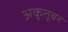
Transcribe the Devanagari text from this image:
अकृतूबर